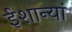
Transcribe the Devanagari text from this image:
ईशान्यां